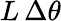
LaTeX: L\, \Delta\theta